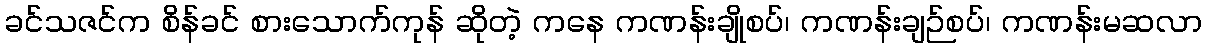
ခင်သဇင်က စိန်ခင် စားသောက်ကုန် ဆိုတဲ့ ကနေ ကဏန်းချိုစပ်၊ ကဏန်းချဉ်စပ်၊ ကဏန်းမဆလာ